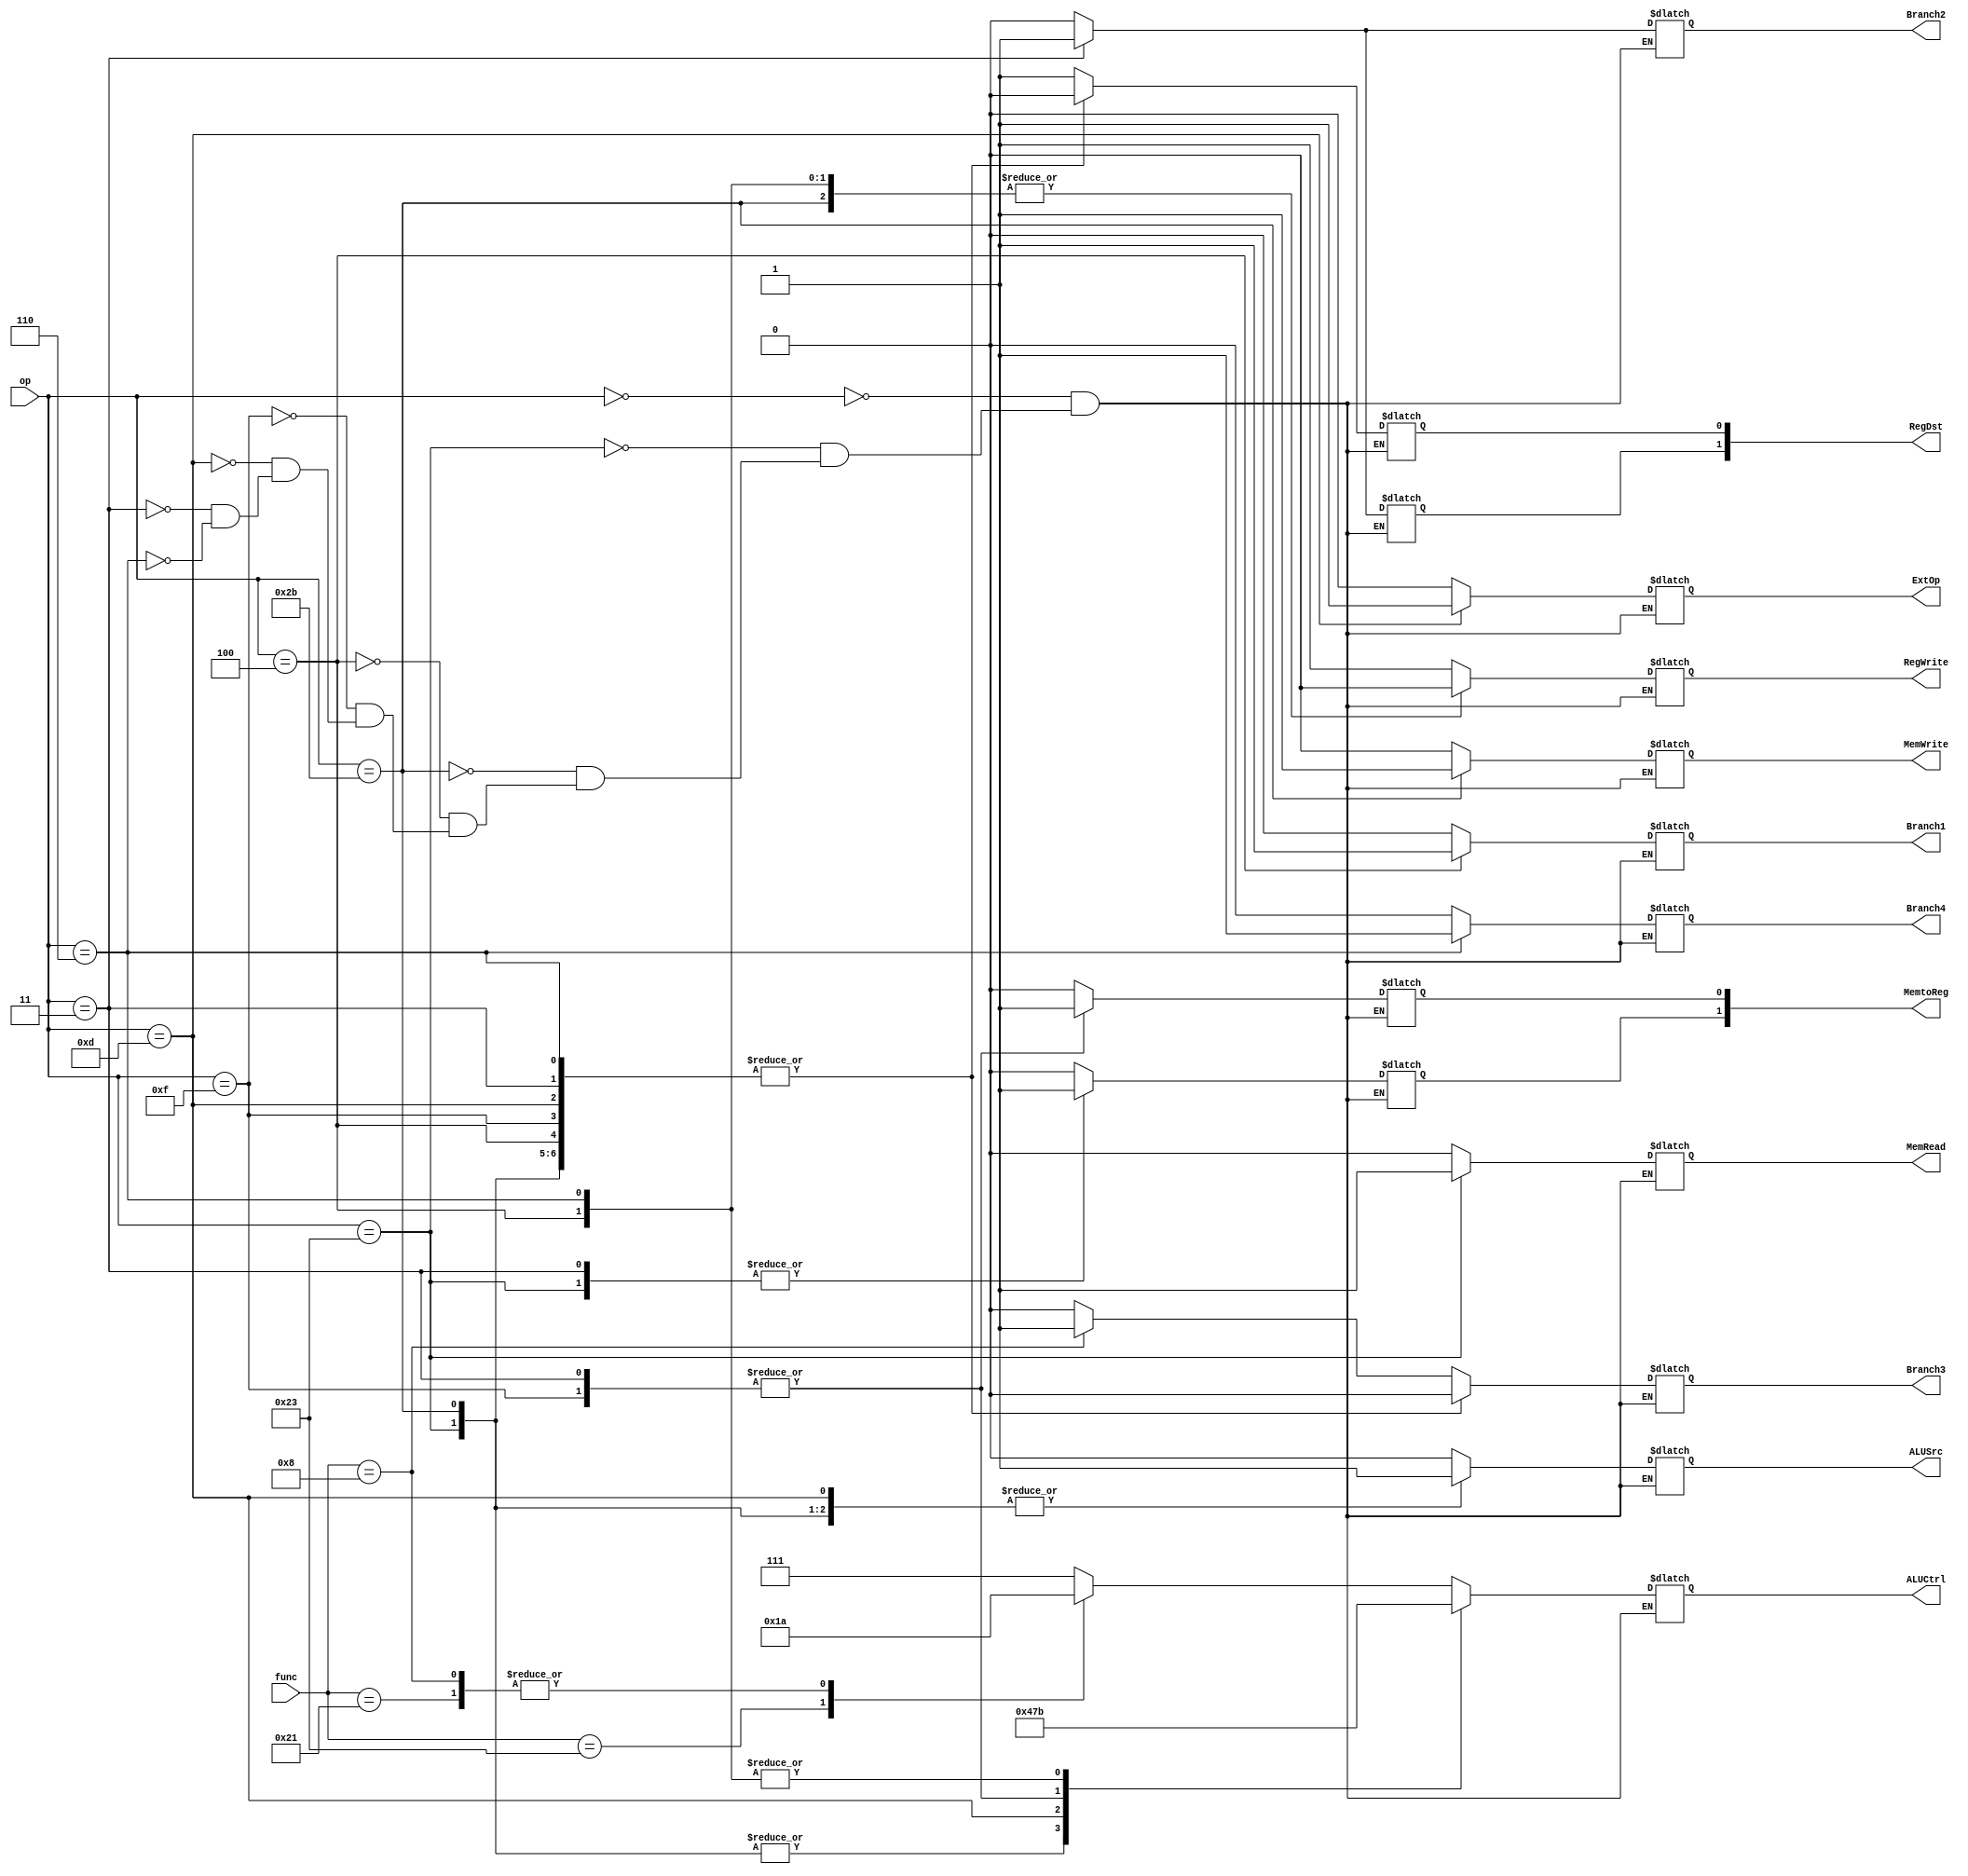
`timescale 1ns / 1ps
//////////////////////////////////////////////////////////////////////////////////
// Company: 
// Engineer: 
// 
// Design Name: 
// Module Name:    add_new_controller 
// Project Name: 
// Target Devices: 
// Tool versions: 
// Description: 
//
// Dependencies: 
//
// Revision: 
// Revision 0.01 - File Created
// Additional Comments: 
//
//////////////////////////////////////////////////////////////////////////////////
module add_new_controller(
	 input [5:0] op,
	 input [5:0] func,
    output reg[2:0] ALUCtrl,
    output reg[1:0] RegDst,
    output reg ALUSrc,
    output reg RegWrite,
    output reg MemRead,
    output reg MemWrite,
    output reg [1:0] MemtoReg,
    output reg ExtOp,
    output reg Branch1,
    output reg Branch2,
	 output reg Branch3,
	 output reg Branch4  //blez
    );
	always@(*) 
	begin
		case (op)
		6'b000000://R 
		begin
			case(func)
				6'b100001: begin  //addu
					RegDst[1]<=0;
					RegDst[0]<=1;
					ALUSrc<=0;
					RegWrite<=1;
					MemRead<=0;
					MemWrite<=0;
					MemtoReg[1]<=0;
					MemtoReg[0]<=0;
					ExtOp<=0;
					Branch1<=0;
					ALUCtrl<=3'b010;
					Branch2<=0;	
					Branch3<=0;	
					Branch4<=0;	
				end
				6'b100011: begin  //subu
					RegDst[1]<=0;
					RegDst[0]<=1;
					ALUSrc<=0;
					RegWrite<=1;
					MemRead<=0;
					MemWrite<=0;
					MemtoReg[1]<=0;
					MemtoReg[0]<=0;
					ExtOp<=0;
					Branch1<=0;
					ALUCtrl<=3'b011;	
					Branch2<=0;	
					Branch3<=0;	
					Branch4<=0;	
				end
				6'b001000: begin  //jr
					RegDst[1]<=0;
					RegDst[0]<=1;
					ALUSrc<=0;
					RegWrite<=1;
					MemRead<=0;
					MemWrite<=0;
					MemtoReg[1]<=0;
					MemtoReg[0]<=0;
					ExtOp<=0;
					Branch1<=0;
					ALUCtrl<=3'b010;	
					Branch2<=0;	
					Branch3<=1;	
					Branch4<=0;	
				end
				default:  begin
					RegDst[1]<=0;
					RegDst[0]<=1;
					ALUSrc<=0;
					RegWrite<=1;
					MemRead<=0;
					MemWrite<=0;
					MemtoReg[1]<=0;
					MemtoReg[0]<=0;
					ExtOp<=0;
					Branch1<=0;
					ALUCtrl<=3'b111;	
					Branch2<=0;	
					Branch3<=0;
					Branch4<=0;	
				end
			endcase
		end
		6'b100011://lw
		begin
			RegDst[1]<=0;
			RegDst[0]<=0;
			ALUSrc<=1;
			RegWrite<=1;
			MemRead<=1;
			MemWrite<=0;
			MemtoReg[1]<=1;
			MemtoReg[0]<=0;
			ExtOp<=0;
			Branch1<=0;
			ALUCtrl<=3'b010;	
			Branch2<=0;		
			Branch3<=0;	
			Branch4<=0;	
		end
		
		6'b101011://sw
		begin
			RegDst[1]<=0;
			RegDst[0]<=0;
			ALUSrc<=1;
			RegWrite<=0;
			MemRead<=0;
			MemWrite<=1;
			MemtoReg[1]<=0;
			MemtoReg[0]<=0;
			ExtOp<=0;
			Branch1<=0;
			ALUCtrl<=3'b010;	
			Branch2<=0;	
			Branch3<=0;	
			Branch4<=0;	
		end

      6'b000100://beq
		begin
			RegDst[1]<=0;
			RegDst[0]<=0;
			ALUSrc<=0;
			RegWrite<=0;
			MemRead<=0;
			MemWrite<=0;
			MemtoReg[1]<=0;
			MemtoReg[0]<=0;
			ExtOp<=0;
			Branch1<=1;
			ALUCtrl<=3'b011;	
			Branch2<=0;	
			Branch3<=0;	
			Branch4<=0;	
		end
 
      6'b001111://lui
		begin
			RegDst[1]<=0;
			RegDst[0]<=0;
			ALUSrc<=0;
			RegWrite<=1;
			MemRead<=0;
			MemWrite<=0;
			MemtoReg[1]<=0;
			MemtoReg[0]<=1;
			ExtOp<=0;
			Branch1<=0;
			ALUCtrl<=3'b111;
			Branch2<=0;	
			Branch3<=0;
			Branch4<=0;				
		end

      6'b001101://ori
		begin
			RegDst[1]<=0;
			RegDst[0]<=0;
			ALUSrc<=1;
			RegWrite<=1;
			MemRead<=0;
			MemWrite<=0;
			MemtoReg[1]<=0;
			MemtoReg[0]<=0;
			ExtOp<=1;
			Branch1<=0;
			ALUCtrl<=3'b001;	
			Branch2<=0;	
			Branch3<=0;	
			Branch4<=0;	
		end

		6'b000011://jal
		begin
			RegDst[1]<=1;
			RegDst[0]<=0;
			ALUSrc<=0;
			RegWrite<=1;
			MemRead<=0;
			MemWrite<=0;
			MemtoReg[1]<=1;
			MemtoReg[0]<=1;
			ExtOp<=0;
			Branch1<=0;
			ALUCtrl<=3'b111;
			Branch2<=1;	
			Branch3<=0;	
			Branch4<=0;	
		end
		
		6'b000110://blez
		begin
			RegDst[1]<=0;
			RegDst[0]<=0;
			ALUSrc<=0;
			RegWrite<=0;
			MemRead<=0;
			MemWrite<=0;
			MemtoReg[1]<=0;
			MemtoReg[0]<=0;
			ExtOp<=0;
			Branch1<=0;
			ALUCtrl<=3'b011;	
			Branch2<=0;	
			Branch3<=0;	
			Branch4<=1;	
		end
		
		endcase
	end	

endmodule